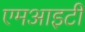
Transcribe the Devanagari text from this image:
एमआइटी